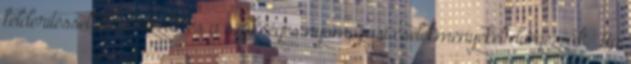
felderítéssel ellenőrizzük és a szükséges nyomozási cselekményeket elvégezzük. Ha